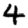
Digit: 4